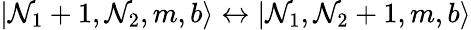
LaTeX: |\mathcal{N}_{1}+1,\mathcal{N}_{2},m,b\rangle\leftrightarrow|\mathcal{N}_{1},\mathcal{N}_{2}+1,m,b\rangle